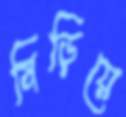
নিড়িয়ে